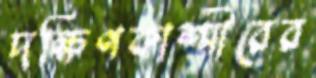
দক্ষিণকাশ্মীরের